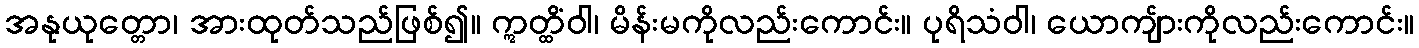
အနုယုတ္တော၊ အားထုတ်သည်ဖြစ်၍။ ဣတ္ထိံဝါ၊ မိန်းမကိုလည်းကောင်း။ ပုရိသံဝါ၊ ယောကျ်ားကိုလည်းကောင်း။